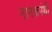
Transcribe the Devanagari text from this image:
नानकपंथी